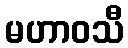
မဟာဝသီ